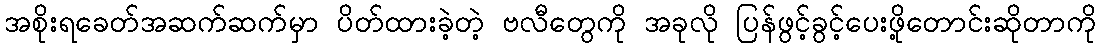
အစိုးရခေတ်အဆက်ဆက်မှာ ပိတ်ထားခဲ့တဲ့ ဗလီတွေကို အခုလို ပြန်ဖွင့်ခွင့်ပေးဖို့တောင်းဆိုတာကို